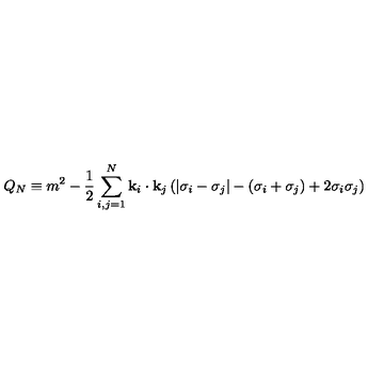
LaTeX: Q _ { N } \equiv m ^ { 2 } - { \frac { 1 } { 2 } } \sum _ { i , j = 1 } ^ { N } { \bf k } _ { i } \cdot { \bf k } _ { j } \left( | \sigma _ { i } - \sigma _ { j } | - ( \sigma _ { i } + \sigma _ { j } ) + 2 \sigma _ { i } \sigma _ { j } \right)